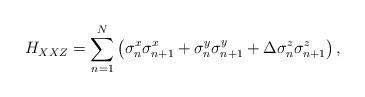
LaTeX: \begin{align*}H_{XXZ}=\sum_{n=1}^{N}\left(\sigma_{n}^{x}\sigma_{n+1}^{x}+\sigma_{n}^{y}\sigma_{n+1}^{y}+\Delta\sigma_{n}^{z}\sigma_{n+1}^{z}\right),\end{align*}